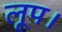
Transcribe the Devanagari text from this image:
लूप।